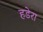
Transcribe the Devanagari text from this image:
हडेरा